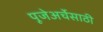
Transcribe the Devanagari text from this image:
पूजेअर्चेसाठी